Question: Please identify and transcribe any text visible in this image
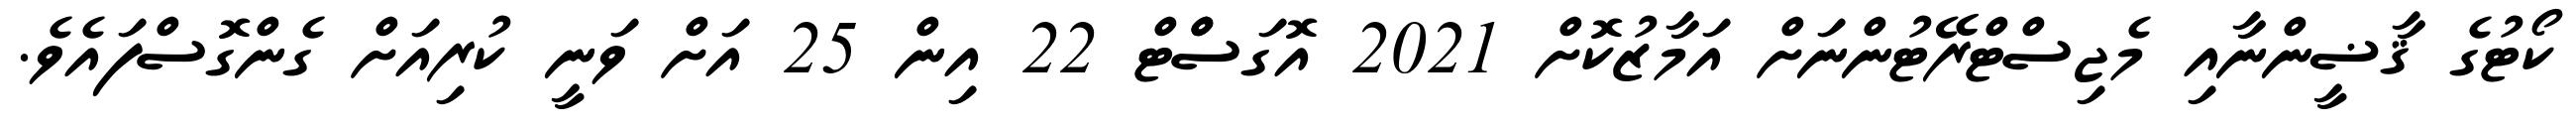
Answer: ކޯޓުގެ ޤާޟީންނާއި މެޖިސްޓްރޭޓުންނަށް އަމާޒުކޮށް 2021 އޮގަސްްޓް 22 އިން 25 އަށް ވަނީ ކުރިއަށް ގެންގޮސްފައެވެ.